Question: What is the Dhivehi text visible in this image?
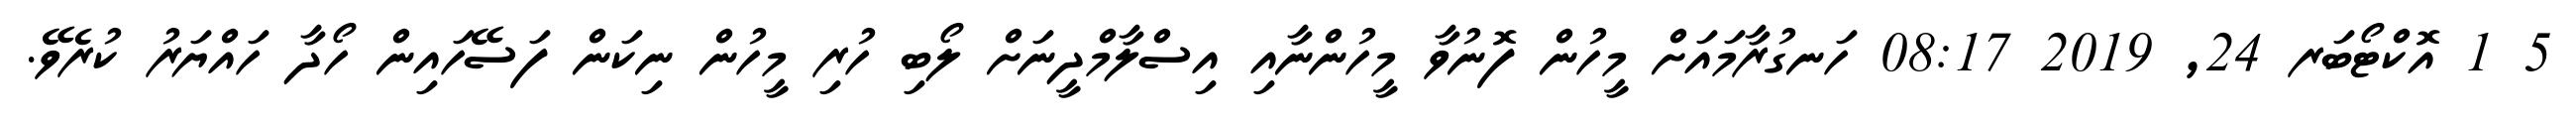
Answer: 5 1 އޮކްޓޯބަރ 24, 2019 08:17 ހަނގުރާމައަށް މީހުން ފޮނުވާ މީހުންނާއި އިސްލާމްދީނަށް ލޯބި ހުރި މީހުން ނިކަން ފަސޭހައިން ހޯދާ ހައްޔަރު ކުރެވޭ.